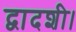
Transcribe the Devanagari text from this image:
द्वादशी।